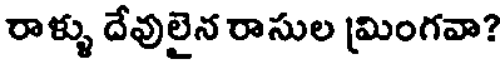
రాళ్ళు దేవులైన రాసుల [మింగవా?